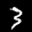
Label: 3